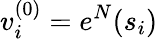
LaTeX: v_{i}^{(0)}=e^{N}(s_{i})